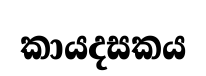
කායදසකය